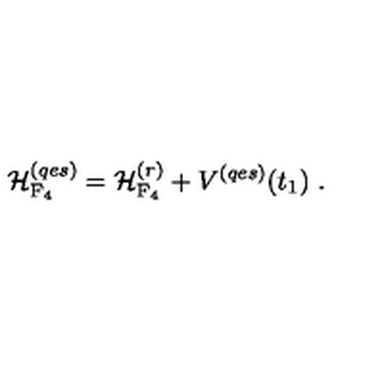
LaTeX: { \cal H } _ { \mathrm { F _ { 4 } } } ^ { ( q e s ) } = { \cal H } _ { \mathrm { F _ { 4 } } } ^ { ( r ) } + V ^ { ( q e s ) } ( t _ { 1 } ) \ .